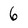
Character: 6